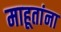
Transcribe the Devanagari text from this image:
माहूतांना